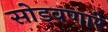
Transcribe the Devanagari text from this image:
सोडवणारे